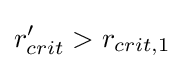
r'_{crit}>r_{crit,1}